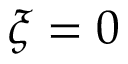
\xi = 0